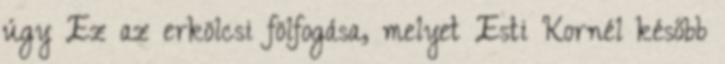
úgy Ez az erkölcsi fölfogása, melyet Esti Kornél később